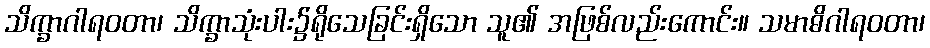
သိက္ခာဂါရဝတာ၊ သိက္ခာသုံးပါး၌ရိုသေခြင်းရှိသော သူ၏ အဖြစ်လည်းကောင်း။ သမာဓိဂါရဝတာ၊